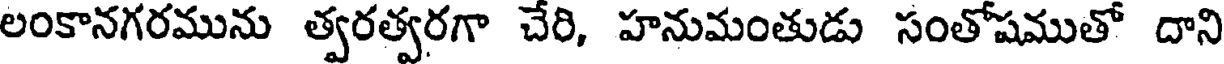
లంకానగరమును త్వరత్వరగా చేరి, హనుమంతుడు సంతోషముతో దాని